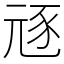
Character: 㒮